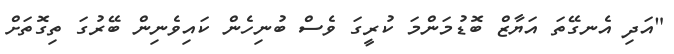
"އަދި އެނގޭތަ އަޔާޒް ބޮޑުމަންމަ ކުރީގަ ވެސް ބުނިހެން ކައިވެނިން ބޭރުގަ ތިގޮތަށް